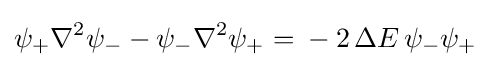
\psi _{+}\nabla ^{2}\psi _{-}-\psi _{-}\nabla ^{2}\psi _{+}={}-2\,\Delta E\,\psi _{-}\psi _{+}\;